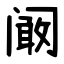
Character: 阚